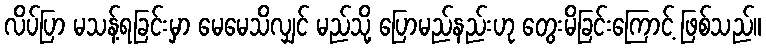
လိပ်ပြာ မသန့်ရခြင်းမှာ မေမေသိလျှင် မည်သို့ ပြောမည်နည်းဟု တွေးမိခြင်းကြောင့် ဖြစ်သည်။